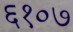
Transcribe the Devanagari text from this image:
६१०७